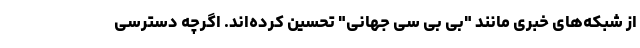
از شبکه‌های خبری مانند "بی بی سی جهانی" تحسین کرده‌اند. اگرچه دسترسی